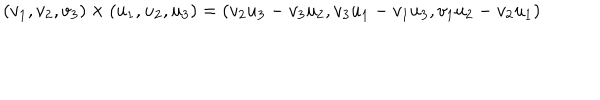
( v _ { 1 } , v _ { 2 } , v _ { 3 } ) \times ( u _ { 1 } , u _ { 2 } , u _ { 3 } ) = ( v _ { 2 } u _ { 3 } - v _ { 3 } u _ { 2 } , v _ { 3 } u _ { 1 } - v _ { 1 } u _ { 3 } , v _ { 1 } u _ { 2 } - v _ { 2 } u _ { 1 } )